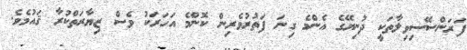
ފަރަންސޭސިވިލާތަކީ ދުނިޔޭގެ އެންމެ ގިނަ ފަތުރުވެރިން ކޮންމެ އަހަރަކު ވެސް ޒިޔާރަތްކުރާ ޤައުުމެވެ.